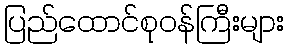
ပြည်ထောင်စုဝန်ကြီးများ